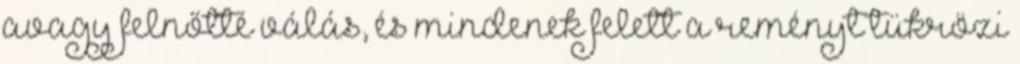
avagy felnőtté válás, és mindenek felett a reményt tükrözi